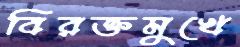
বিরক্তমুখে